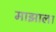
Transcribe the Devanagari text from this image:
माझाला